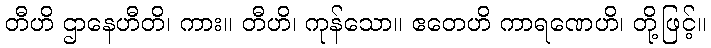
တီဟိ ဌာနေဟီတိ၊ ကား။ တီဟိ၊ ကုန်သော။ ဧတေဟိ ကာရဏေဟိ၊ တို့ဖြင့်။